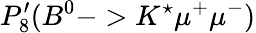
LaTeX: P_{8}^{\prime}(B^{0}->K^{\star}\mu^{+}\mu^{-})